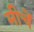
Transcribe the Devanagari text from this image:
मीचें